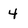
Character: 4